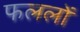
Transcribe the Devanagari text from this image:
फललों